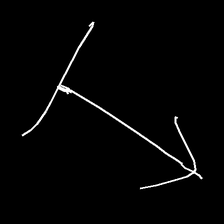
Glyph: levitation